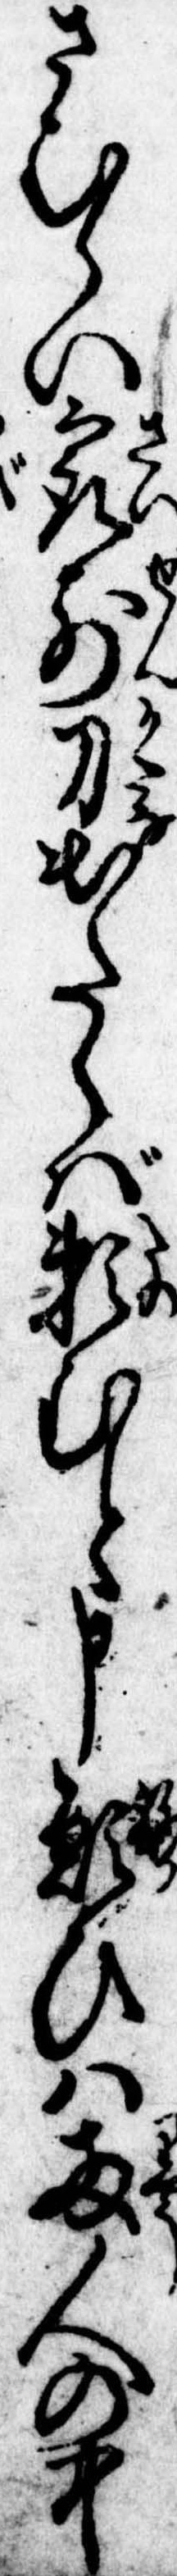
さむらひ最前刀出たらば頼むと申願ひは両人の中